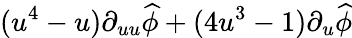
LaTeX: (u^{4}-u)\partial_{uu}\widehat{\phi}+(4u^{3}-1)\partial_{u}\widehat{\phi}